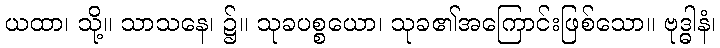
ယထာ၊ သို့။ သာသနေ၊ ၌။ သုခပစ္စယော၊ သုခ၏အကြောင်းဖြစ်သော။ ဗုဒ္ဓါနံ၊